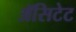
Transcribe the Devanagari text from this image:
ॲसिटेट